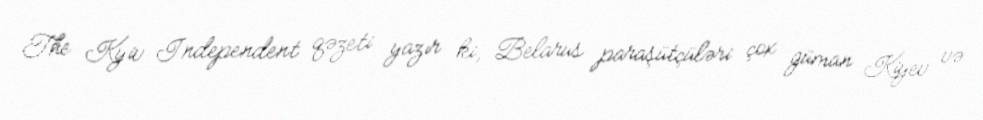
The Kyiv Independent qəzeti yazır ki, Belarus paraşütçüləri çox güman Kiyev və